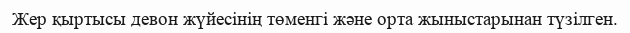
Жер қыртысы девон жүйесінің төменгі және орта жыныстарынан түзілген.